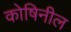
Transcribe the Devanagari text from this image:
कोषिनील